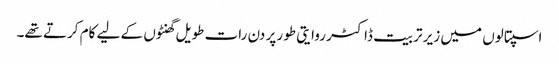
اسپتالوں میں زیر تربیت ڈاکٹر روایتی طور پر دن رات طویل گھنٹوں کے لیے کام کرتے تھے۔